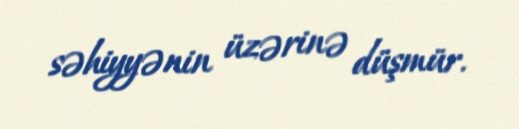
səhiyyənin üzərinə düşmür.